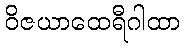
ဝိဇယာထေရီဂါထာ